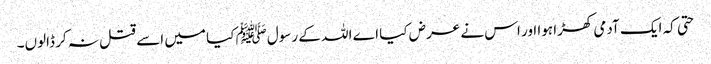
حتی کہ ایک آدمی کھڑا ہوا اور اس نے عرض کیا اے اللہ کے رسولﷺ کیا میں اسے قتل نہ کر ڈالوں۔